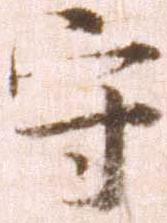
守